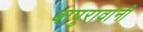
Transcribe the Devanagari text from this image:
बापुरावांनी